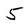
Character: 5